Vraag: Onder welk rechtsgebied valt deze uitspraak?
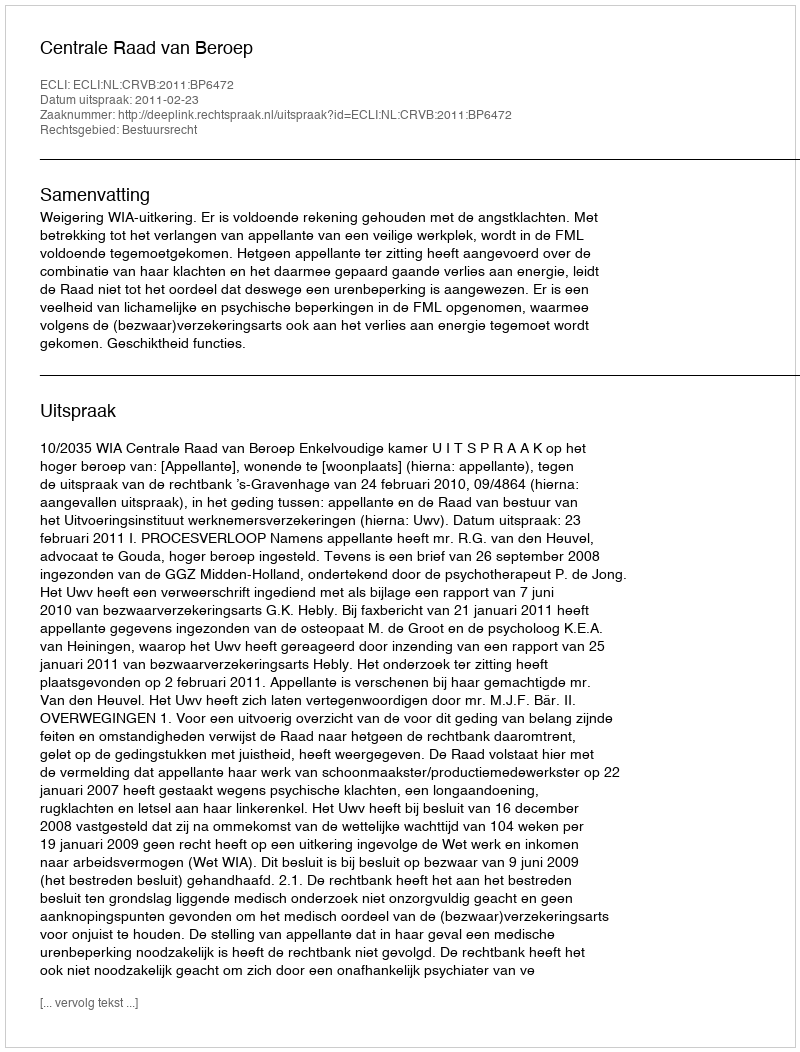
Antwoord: Bestuursrecht